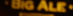
BIG ALE